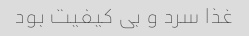
غذا سرد و بی کیفیت بود